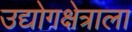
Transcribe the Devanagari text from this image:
उद्योगक्षेत्राला